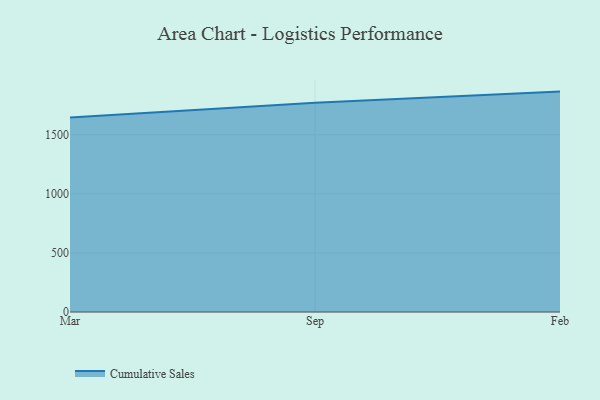
{"axis": {"x": "Month", "y": "Backlog"}, "legend": ["Cumulative Sales"], "data": [{"x": "Mar", "y": 1645.9, "type": "Cumulative Sales"}, {"x": "Sep", "y": 1771.7, "type": "Cumulative Sales"}, {"x": "Feb", "y": 1865.6, "type": "Cumulative Sales"}]}